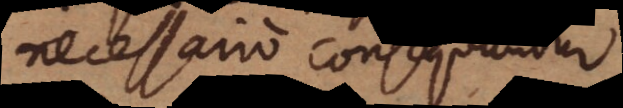
necessario consequuntur.